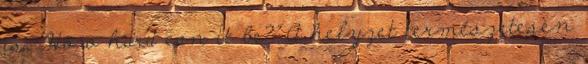
is. „How hard can it be?” A helyzet természetesen